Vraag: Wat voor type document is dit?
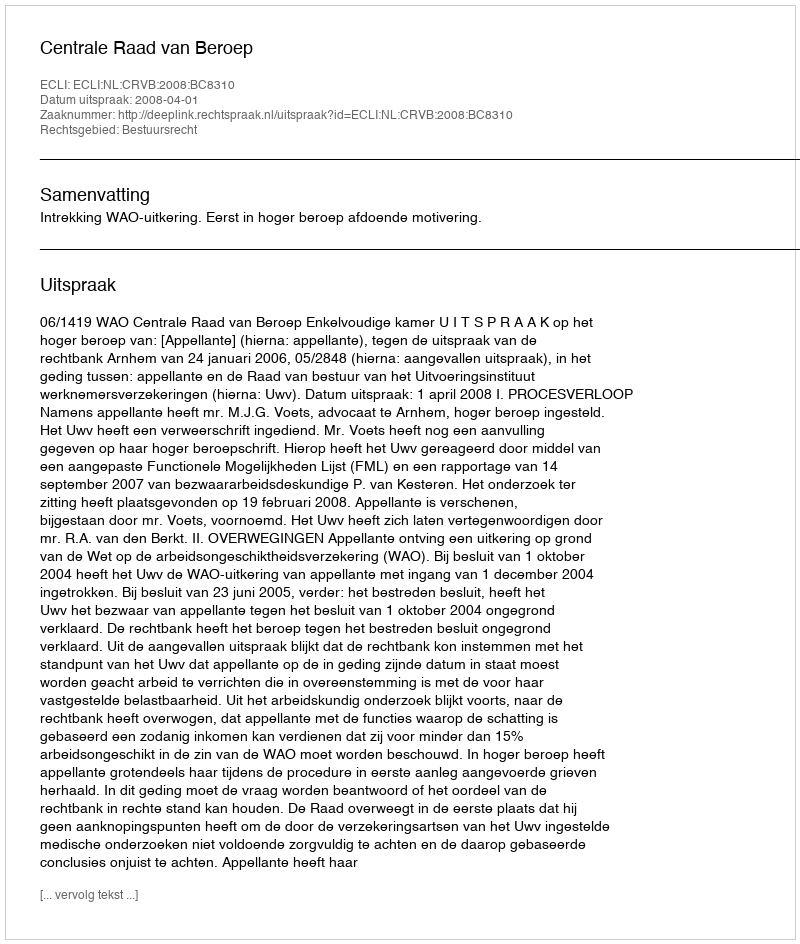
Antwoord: Uitspraak